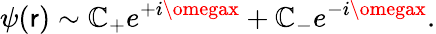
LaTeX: \psi(\mathsf{r})\sim\mathbb{C}_{+}e^{+i\omegax}+\mathbb{C}_{-}e^{-i\omegax}.